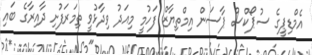
އެމްޑިޕީގެ ސުޕޯކްސް ޕާސަން އިމްތިޔާޒް ފަހުމީ މިއަދު ވިދާޅުވީ ތިމަރަފުށި ދާއިރާގެ ބައި